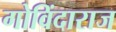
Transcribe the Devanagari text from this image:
गोविंदाराज